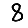
Digit: 8